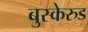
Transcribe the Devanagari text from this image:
बुस्केरुड